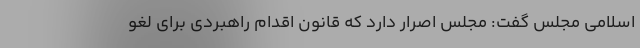
اسلامی مجلس گفت: مجلس اصرار دارد که قانون اقدام راهبردی برای لغو